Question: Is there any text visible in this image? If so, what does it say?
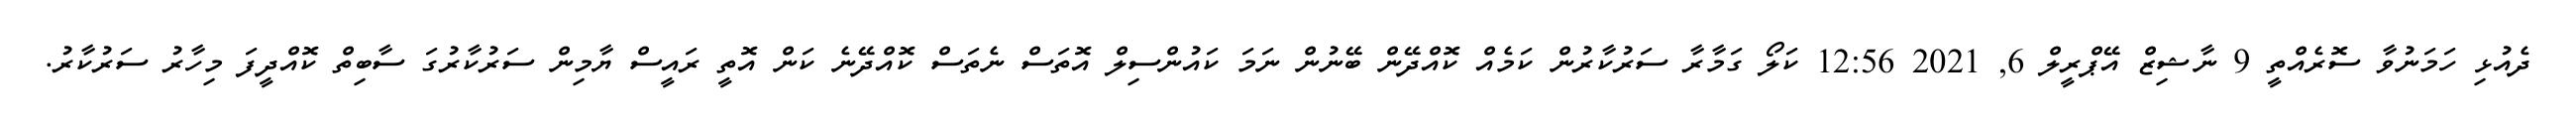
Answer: ދެއުޅި ހަމަނުވާ ސޮރެއްތީ 9 ނާޝިޒް އޭޕްރީލް 6, 2021 12:56 ކަލޯ ގަމާރާ ސަރުކާރުން ކަމެއް ކޮއްދޭން ބޭނުން ނަމަ ކައުންސިލް އޮތަސް ނެތަސް ކޮއްދޭނެ ކަން އޮތީ ރައީސް ޔާމިން ސަރުކާރުގަ ސާބިތް ކޮއްދީފަ މިހާރު ސަރުކާރު.